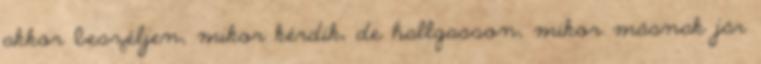
akkor beszéljen, mikor kérdik, de hallgasson, mikor másnak jár